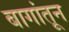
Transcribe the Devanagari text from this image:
बागांतून